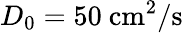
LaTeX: D_{0}=50\ \mathrm{{cm^{2}/s}}